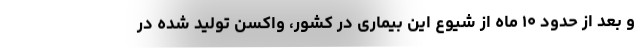
و بعد از حدود ۱۰ ماه از شیوع این بیماری در کشور، واکسن تولید شده در